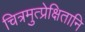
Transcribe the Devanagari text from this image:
चित्रमुत्प्रेक्षितानि